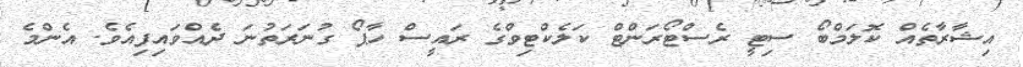
އިޝާރާތެއް ކޮލަމްބޯ ސިޓީ ރެސްޓޯރަންޓް ކަލެކްޓިވްގެ ރައީސް ހާޕޯ ގުނަރަތުނަ ދެއްވައިފިއެވެ. އެންމެ